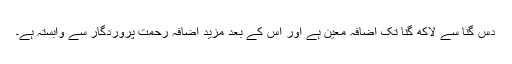
دس گنا سے لاکھ گنا تک اضافہ معين ہے اور اس کے بعد مزيد اضافہ رحمت پروردگار سے وابستہ ہے۔